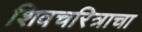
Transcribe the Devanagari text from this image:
शिवचरित्राचा